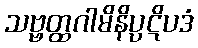
သဗ္ဗတ္ထဂါမိနိပ္ပဋိပဒံ